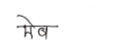
मजकूर: मेब